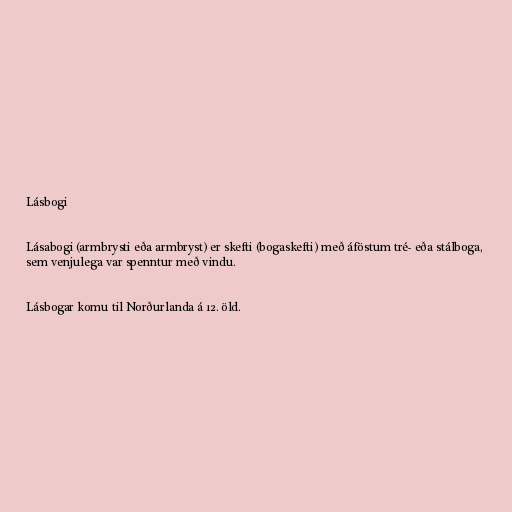
Lásbogi

Lásabogi (armbrysti eða armbryst) er skefti (bogaskefti) með áföstum tré- eða stálboga,
sem venjulega var spenntur með vindu.

Lásbogar komu til Norðurlanda á 12. öld.